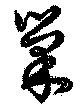
巣